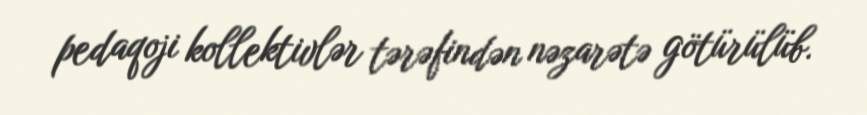
pedaqoji kollektivlər tərəfindən nəzarətə götürülüb.